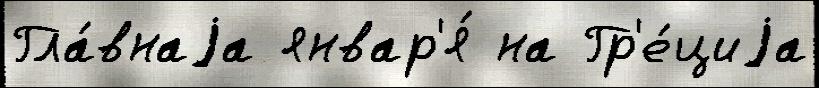
Гла́внаjа январ'я́ на Гр'е́циjа